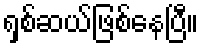
ရှစ်ဆယ်ဖြစ်နေပြီ။